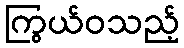
ကြွယ်ဝသည့်